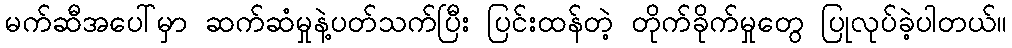
မက်ဆီအပေါ်မှာ ဆက်ဆံမှုနဲ့ပတ်သက်ပြီး ပြင်းထန်တဲ့ တိုက်ခိုက်မှုတွေ ပြုလုပ်ခဲ့ပါတယ်။